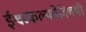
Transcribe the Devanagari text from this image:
ईश्वरकल्पनेविषयी